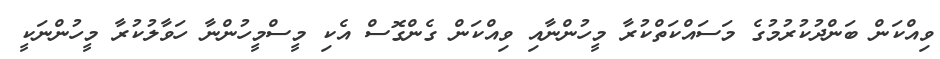
ވިއްކަން ބަންދުކުރުމުގެ މަސައްކަތްކުރާ މީހުންނާއި ވިއްކަން ގެންގޮސް އެކި މީސްމީހުންނާ ހަވާލުކުރާ މީހުންނަކީ